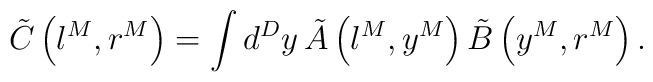
\tilde{C}\left(  l^{M},r^{M}\right)  =\int d^{D}y\,\tilde{A}\left(l^{M},y^{M}\right)  \tilde{B}\left(  y^{M},r^{M}\right)  .